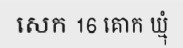
សេក 16 គោក ឃ្មុំ